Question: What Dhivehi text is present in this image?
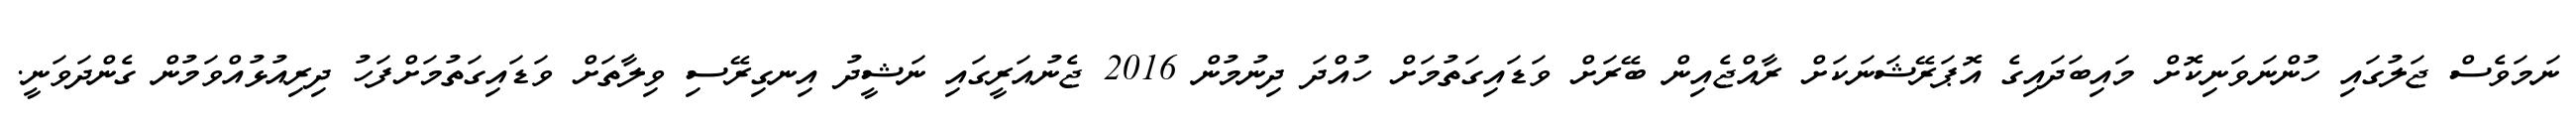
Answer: ނަމަވެސް ޖަލުގައި ހުންނަވަނިކޮށް މައިބަދައިގެ އޮޕަރޭޝަނަކަށް ރާއްޖެއިން ބޭރަށް ވަޑައިގަތުމަށް ހުއްދަ ދިނުމުން 2016 ޖެނުއަރީގައި ނަޝީދު އިނގިރޭސި ވިލާތަށް ވަޑައިގަތުމަށްފަހު ދިރިއުޅުއްވަމުން ގެންދަވަނީ.